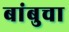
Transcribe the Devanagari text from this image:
बांबुचा